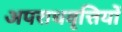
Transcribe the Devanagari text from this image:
अपराधवृत्तियों